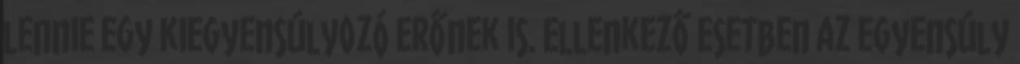
lennie egy kiegyensúlyozó erőnek is. Ellenkező esetben az egyensúly